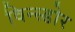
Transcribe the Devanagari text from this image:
विन्स्डोर